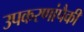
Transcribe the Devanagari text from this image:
उपकरणांपैकी